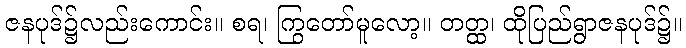
ဇနပုဒ်၌လည်းကောင်း။ စရ၊ ကြွတော်မူလော့။ တတ္ထ၊ ထိုပြည်ရွာဇနပုဒ်၌။